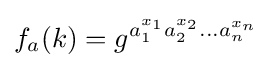
f_{a}(k)=g^{a_{1}^{x_{1}}a_{2}^{x_{2}}...a_{n}^{x_{n}}}